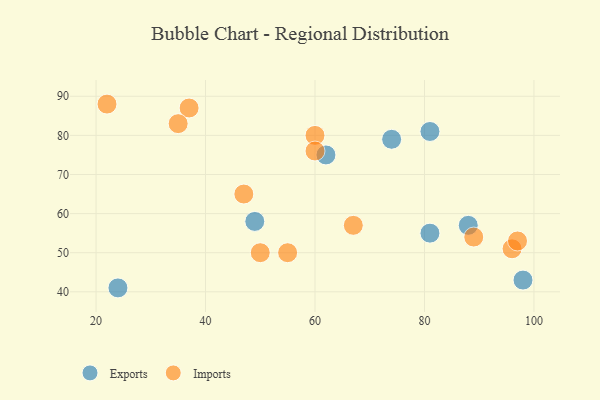
{"axis": {"x": "GDP", "y": "Life Expectancy"}, "legend": ["Exports", "Imports"], "data": [{"x": "24", "y": 41, "type": "Exports"}, {"x": "62", "y": 75, "type": "Exports"}, {"x": "74", "y": 79, "type": "Exports"}, {"x": "81", "y": 55, "type": "Exports"}, {"x": "49", "y": 58, "type": "Exports"}, {"x": "98", "y": 43, "type": "Exports"}, {"x": "81", "y": 81, "type": "Exports"}, {"x": "88", "y": 57, "type": "Exports"}, {"x": "50", "y": 50, "type": "Imports"}, {"x": "47", "y": 65, "type": "Imports"}, {"x": "22", "y": 88, "type": "Imports"}, {"x": "37", "y": 87, "type": "Imports"}, {"x": "60", "y": 80, "type": "Imports"}, {"x": "35", "y": 83, "type": "Imports"}, {"x": "96", "y": 51, "type": "Imports"}, {"x": "97", "y": 53, "type": "Imports"}, {"x": "67", "y": 57, "type": "Imports"}, {"x": "55", "y": 50, "type": "Imports"}, {"x": "89", "y": 54, "type": "Imports"}, {"x": "60", "y": 76, "type": "Imports"}]}